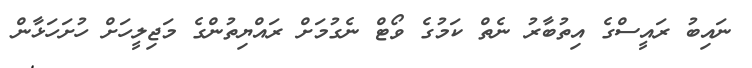
ނައިބު ރައީސްގެ އިތުބާރު ނެތް ކަމުގެ ވޯޓް ނެގުމަށް ރައްޔިތުންގެ މަޖިލީހަށް ހުށަހަޅާން